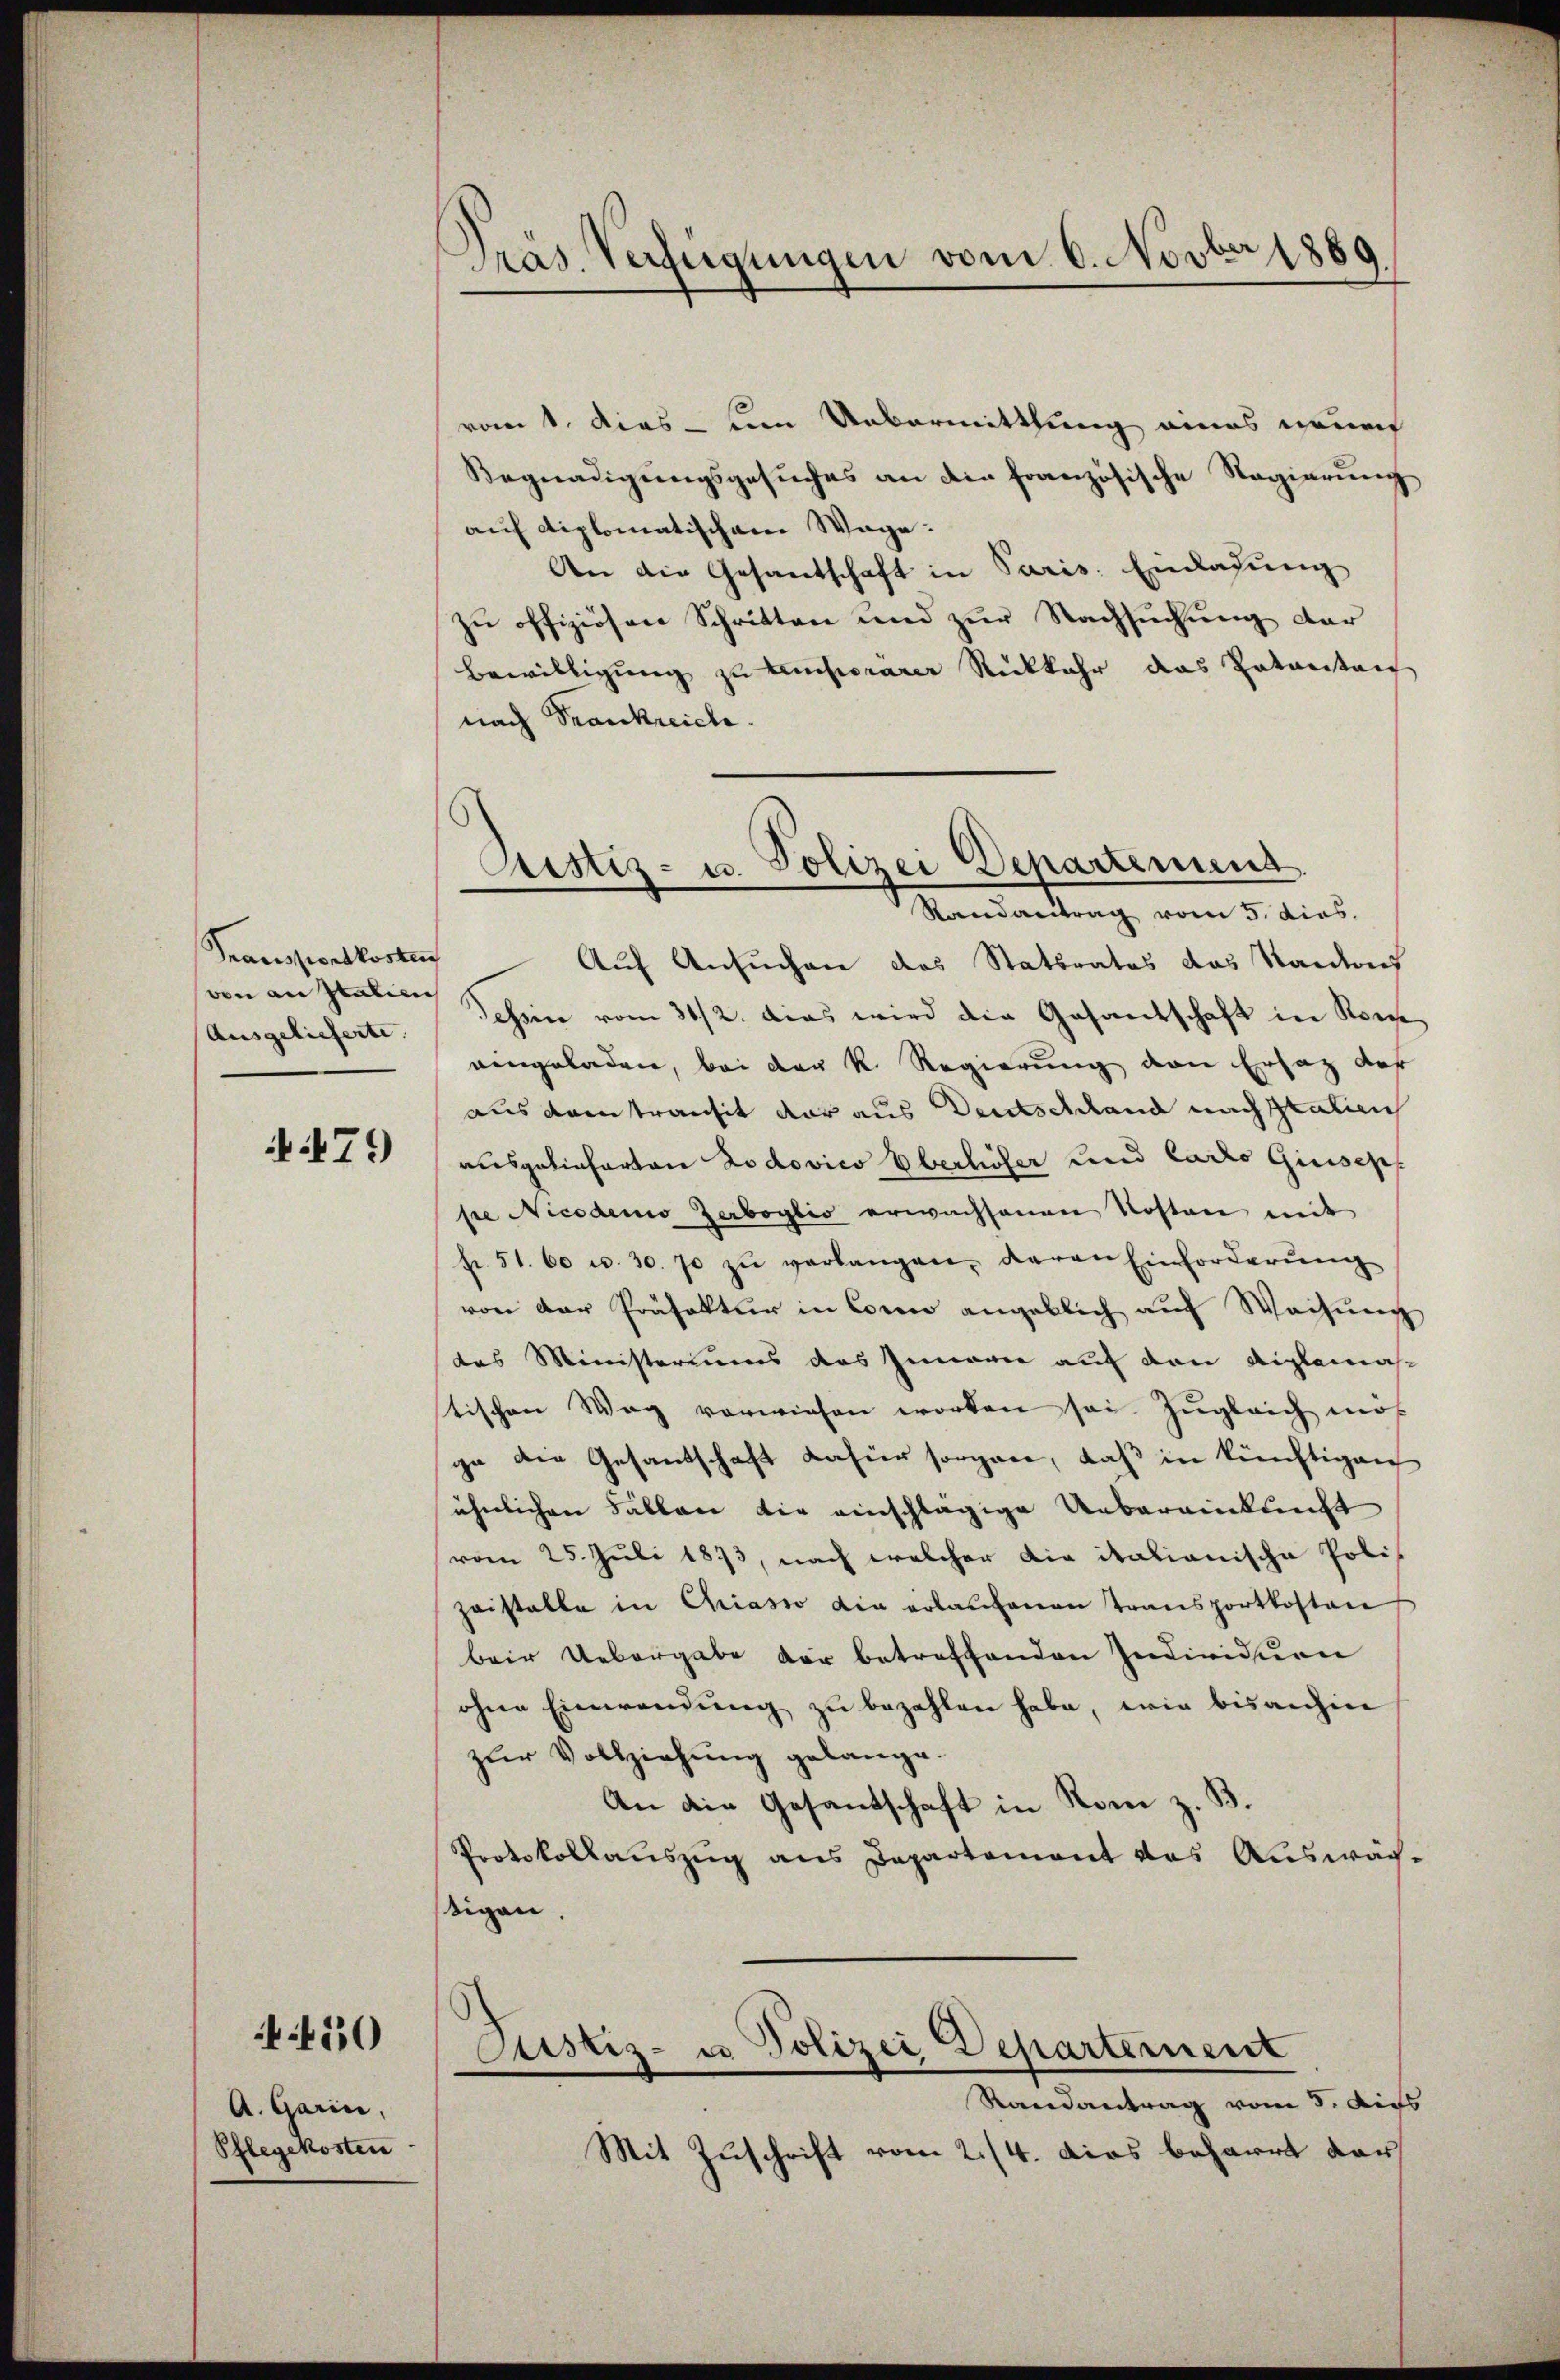
von an Italien
Ausgelieferte. |

479

450

A. Garin,
Pflegekosten

Dräs. Verfügungen vom 6. Novber 1889

ront, dies - um Uebermittlung eines neuer
Begnadigŭngsgesŭches an die französische Regierŭng
auf diplomatischem Wage:
An die Gesandschaft in Paris. Einlassung
zŭ offiziösen Schritten und zŭr Nachsuchung der
Bewilligung zu temporärer Rückkehr das Patanstanz
nach Frankreich.
Transportkosten Auf Ansuchen des Stattrates das Standens
Tessin vom 31./2. das wird die Gasantschaft in Kon
eingeladen, bei der K. Regierung von Ersatz der
aus dem transit der aus Deutschland nach Italien
ausgelieferten Rodovics Eberliefer und Carto Giusepf
see Nicodenio Zerboglio erwachsenen Kosten mit
Fr. 51. 60 u. 30. 70 zŭ verlangen, daran Einforderŭng
von der Präfektur in Conce angeblich auf Weisung
das Ministeriums des Innerer auf den Aiglemahtischen Weg vorwiesen worden sei. Zugleich mös
ga die Gesandschaft dahier sorgen, daß in künftigen
ähnlichen Fällen dir einschlägige Uebereinkunft
(vom 25. Juli 1873, nach welcher die italianische Polizeistalte in Chiasso die erlaufenen Transportkosten
beir Uebergabe der betreffenden Individuen
ohne Einwendung zu bezahlen habe, wie bisanhin
zur Vollziehung gelange.
An die Gesandtschaft in Rom z. B.
Protokollauszug aus Departement das Auswächstigen
Justiz- u Polizei Departement
Randantrag vom 3. Aus
Mit Zuschrift vom 2./4. das beharrt dar

Justiz- u. Polizei Departement.
Mandartung, vom 5. dies